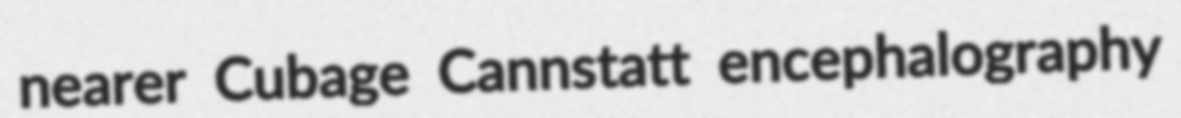
nearer Cubage Cannstatt encephalography